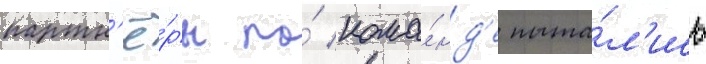
партн'ё́ры по́ кома́нд'е пыта́л'ись